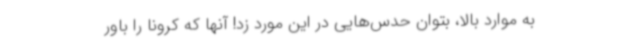
به موارد بالا، بتوان حدس‌هایی در این مورد زد! آنها که کرونا را باور